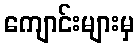
ကျောင်းများမှ